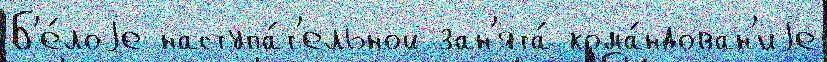
Б'е́лоjе наступа́т'ельной зан'ята́ кома́ндован'иjе